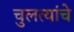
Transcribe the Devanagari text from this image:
चुलत्यांचे